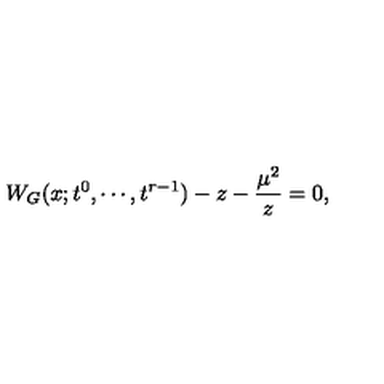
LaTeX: W _ { G } ( x ; t ^ { 0 } , \cdots , t ^ { r - 1 } ) - z - { \frac { \mu ^ { 2 } } { z } } = 0 ,